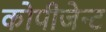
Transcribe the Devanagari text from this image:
कोपीजेन्ट